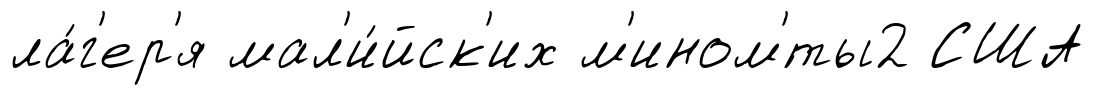
ла́г'ер'я мал'и́йск'их м'ином'́ты2 США